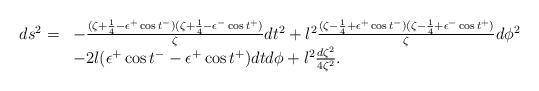
LaTeX: \begin{align*}\begin{array}{ll}ds^{2}=&-\frac{(\zeta+\frac{1}{4}-\epsilon^{+}\cos t^{-})(\zeta+\frac{1}{4}-\epsilon^{-}\cos t^{+})}{\zeta}dt^{2}+l^{2}\frac{(\zeta-\frac{1}{4}+\epsilon^{+}\cos t^{-})(\zeta-\frac{1}{4}+\epsilon^{-}\cos t^{+})}{\zeta}d\phi^{2}\\&-2l(\epsilon^{+}\cos t^{-}-\epsilon^{+}\cos t^{+})dtd\phi+l^{2}\frac{d\zeta^{2}}{4\zeta^{2}}.\end{array}\end{align*}